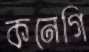
কনেগি